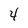
Character: 4